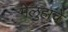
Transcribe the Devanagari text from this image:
मेलुहाचे